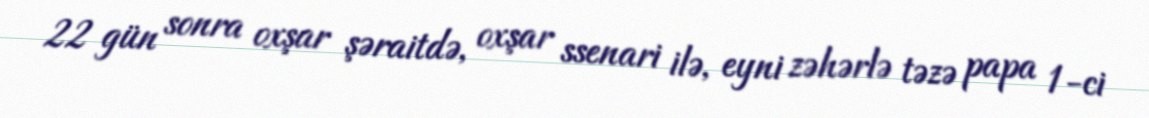
22 gün sonra oxşar şəraitdə, oxşar ssenari ilə, eyni zəhərlə təzə papa 1-ci